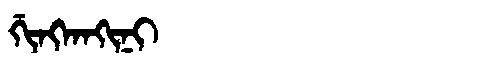
Manchu: ᡤᡳᠩᡴᠠᡴᡳᠨᡳ
Romanization: GINGKAKINI